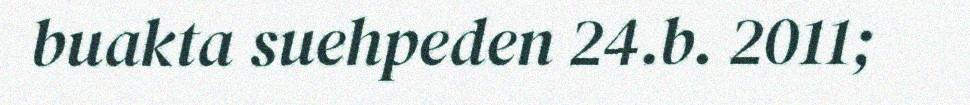
buakta suehpeden 24.b. 2011;